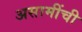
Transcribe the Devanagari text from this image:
असामींची